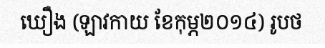
ឃឿង (ឡាវកាយ ខែកុម្ភ២០១៤) រូបថ